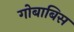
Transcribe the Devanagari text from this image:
गोबाबिस